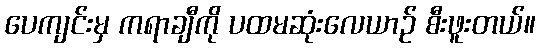
ပေကျင်းမှ ကရာချီကို ပထမဆုံးလေယာဉ် စီးဖူးတယ်။